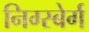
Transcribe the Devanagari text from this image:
निग्स्बेर्ग